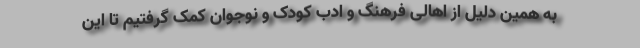
به همین دلیل از اهالی فرهنگ و ادب کودک و نوجوان کمک گرفتیم تا این